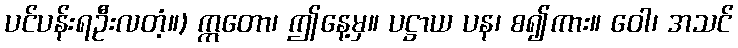
ပင်ပန်းရဦးလတံ့။) ဣတော၊ ဤနေ့မှ။ ပဋ္ဌာယ ပန၊ စ၍ကား။ ဝေါ၊ အသင်